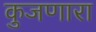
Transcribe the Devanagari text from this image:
कुजणारा